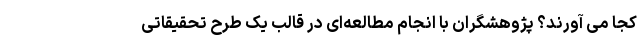
کجا می آورند؟ پژوهشگران با انجام مطالعه‌ای در قالب یک طرح تحقیقاتی